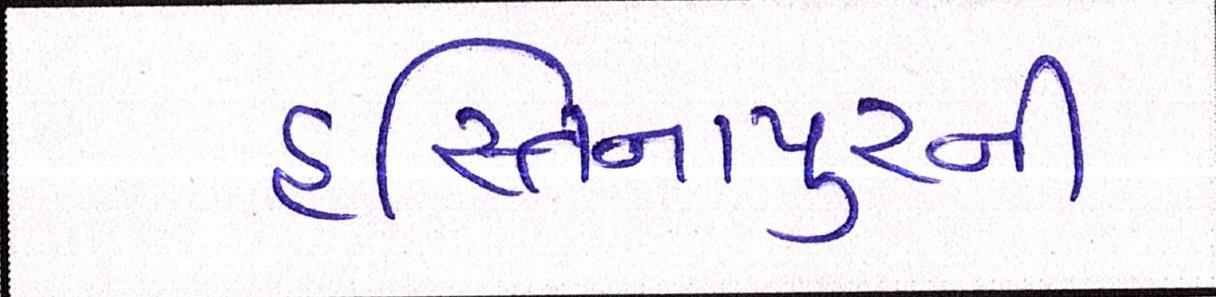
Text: હસ્તિનાપુરની